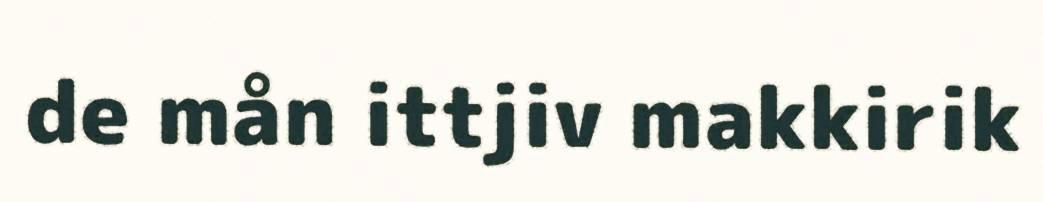
de mån ittjiv makkirik